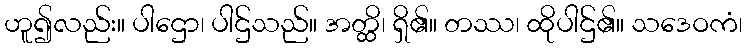
ဟူ၍လည်း။ ပါဌော၊ ပါဌ်သည်။ အတ္ထိ၊ ရှိ၏။ တဿ၊ ထိုပါဌ်၏။ သဒေဝကံ၊